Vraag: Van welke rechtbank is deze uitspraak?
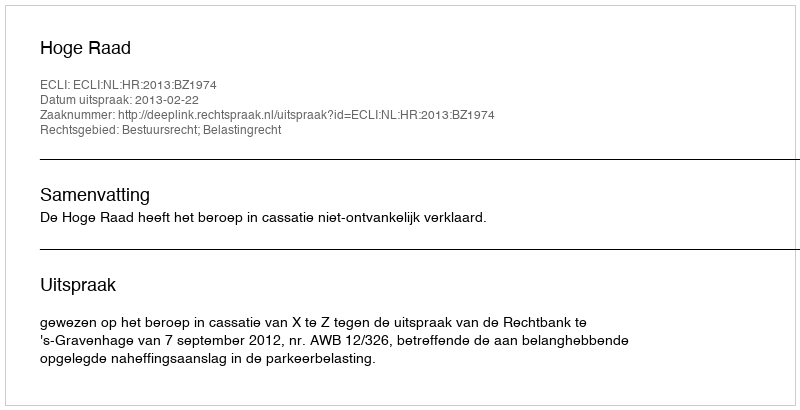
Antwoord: Hoge Raad